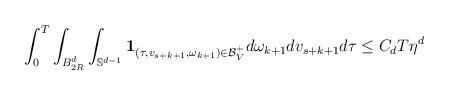
LaTeX: \begin{align*}\begin{aligned}& \int_0^T \int_{B_{2R}^d} \int_{\mathbb{S}^{d-1}}\mathbf{1}_{(\tau,v_{s+k+1},\omega_{k+1}) \in \mathcal{B}_{V}^+}d\omega_{k+1} dv_{s+k+1} d\tau \leq C_{d} T \eta^{d}\end{aligned}\end{align*}